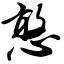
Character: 憨